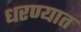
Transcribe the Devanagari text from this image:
धरण्‍यात